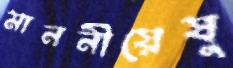
মাননীয়েষু